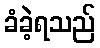
ခံခဲ့ရသည်